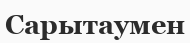
Сарытаумен